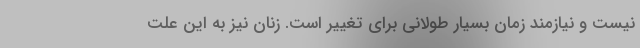
نیست و نیازمند زمان بسیار طولانی برای تغییر است. زنان نیز به این علت